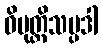
ဝိမုတ္တိသမ္ပဒါ